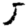
Digit: 5